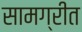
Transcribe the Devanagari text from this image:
सामग्रीत